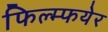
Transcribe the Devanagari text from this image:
फिल्म्फयेर